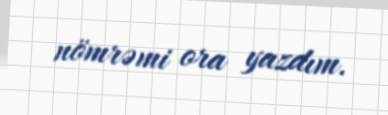
nömrəmi ora yazdım.